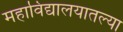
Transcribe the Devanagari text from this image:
महाविद्यालयातल्या